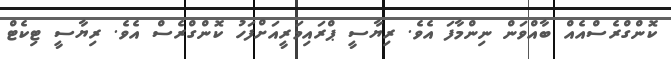
ކޮންގްރެސްއެއް ބާއްވަން ނިންމާފަ އެވެ. ރިޔާސީ ޕްރައިމަރީއަށްފަހު ކޮންގްރެސް އެވެ. ރިޔާސީ ޓިކެޓް